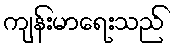
ကျန်းမာရေးသည်